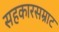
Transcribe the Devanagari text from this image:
सहकारसम्राट